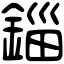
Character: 錙